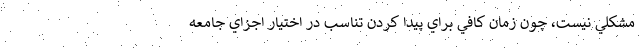
مشكلي نيست، چون زمان كافي براي پيدا كردن تناسب در اختيار اجزاي جامعه